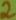
Text: 2